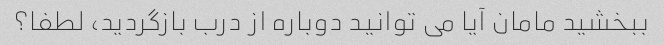
ببخشید مامان آیا می توانید دوباره از درب بازگردید، لطفا؟